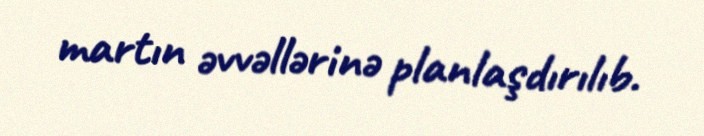
martın əvvəllərinə planlaşdırılıb.